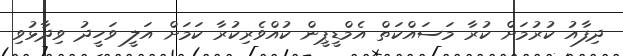
ދިފާއު ކުރުމަށް ކުރާ މަސައްކަތް އެމްޑީޕީން ކުއްވެރިކުރާ ކަމަށް އަލީ ވަހީދު ވިދާޅުވި